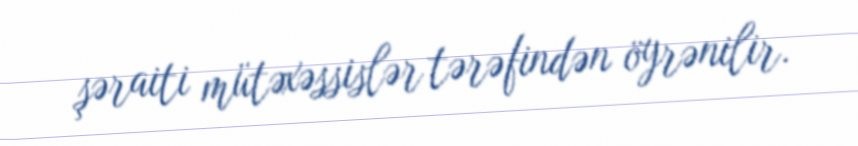
şəraiti mütəxəssislər tərəfindən öyrənilir.